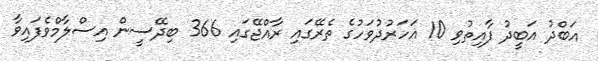
އަބްދު އަބީދު ފާއިތުވި 10 އަހަރުދުވަހުގެ ތެރޭގައި ރާއްޖޭގައި 366 ބިދޭސީން އިސްލާމްވެފައިވާ